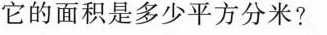
它的面积是多少平方分米?